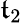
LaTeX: \mathfrak{t}_{2}